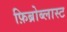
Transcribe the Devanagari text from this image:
फ़िब्रोब्लास्ट